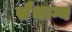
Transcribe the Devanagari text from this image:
सैभाग्य